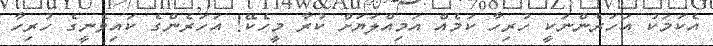
އެކަމަކު އަހަރެންނަކީ ހުރިހާ ކަމެއް އަމިއްލަޔަށް ކުރާ މީހެކޭ! އަހަރެންގެ ކައިވެނީގެ ހުރިހާ